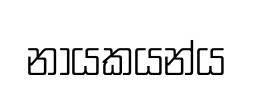
නායකයන්ය